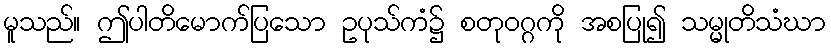
မူသည်။ ဤပါတိမောက်ပြသော ဥပုသ်ကံ၌ စတုဝဂ္ဂကို အစပြု၍ သမ္မုတိသံဃာ